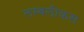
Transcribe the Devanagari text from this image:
लम्बलीकस